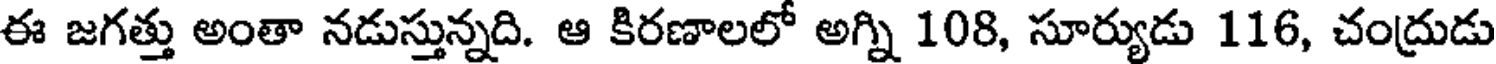
ఈ జగత్తు అంతా నడుస్తున్నది. ఆ కిరణాలలో అగ్ని 108, సూర్యుడు 116, చంద్రుడు